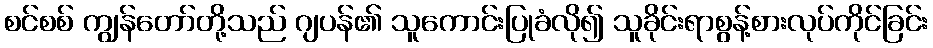
စင်စစ် ကျွန်တော်တို့သည် ဂျပန်၏ သူကောင်းပြုခံလို၍ သူခိုင်းရာစွန့်စားလုပ်ကိုင်ခြင်း